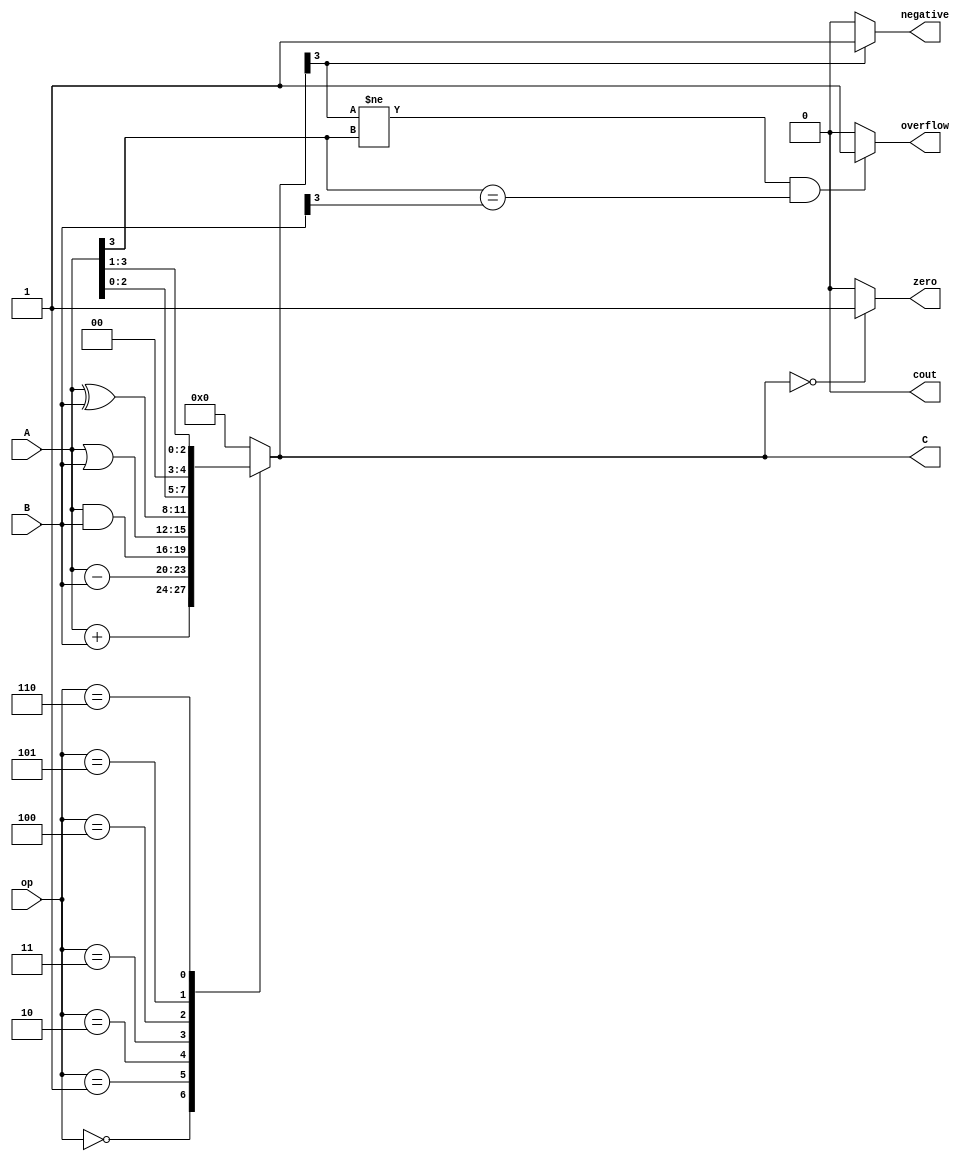
module ALU (
    input [3:0] A,
    input [3:0] B,
    input [2:0] op,
    output reg [3:0] C,
    output reg cout,
    output reg overflow,
    output reg zero,
    output reg negative
);

always @ (A or B or op) begin
    case (op)
        3'b000: C = A + B; // Addition
        3'b001: C = A - B; // Subtraction
        3'b010: C = A & B; // AND
        3'b011: C = A | B; // OR
        3'b100: C = A ^ B; // XOR
        3'b101: C = {A[2:0], 1'b0}; // Shift Left
        3'b110: C = A >> 1; // Shift Right
        default: C = 4'b0; // Default to all zeros
    endcase

    // Status flags
    cout = (C[4] == 1) ? 1 : 0; // Carry Out
    overflow = (C[3] != A[3] && A[3] == B[3]) ? 1 : 0; // Overflow
    zero = (C == 4'b0) ? 1 : 0; // Zero
    negative = (C[3] == 1) ? 1 : 0; // Negative
end

endmodule